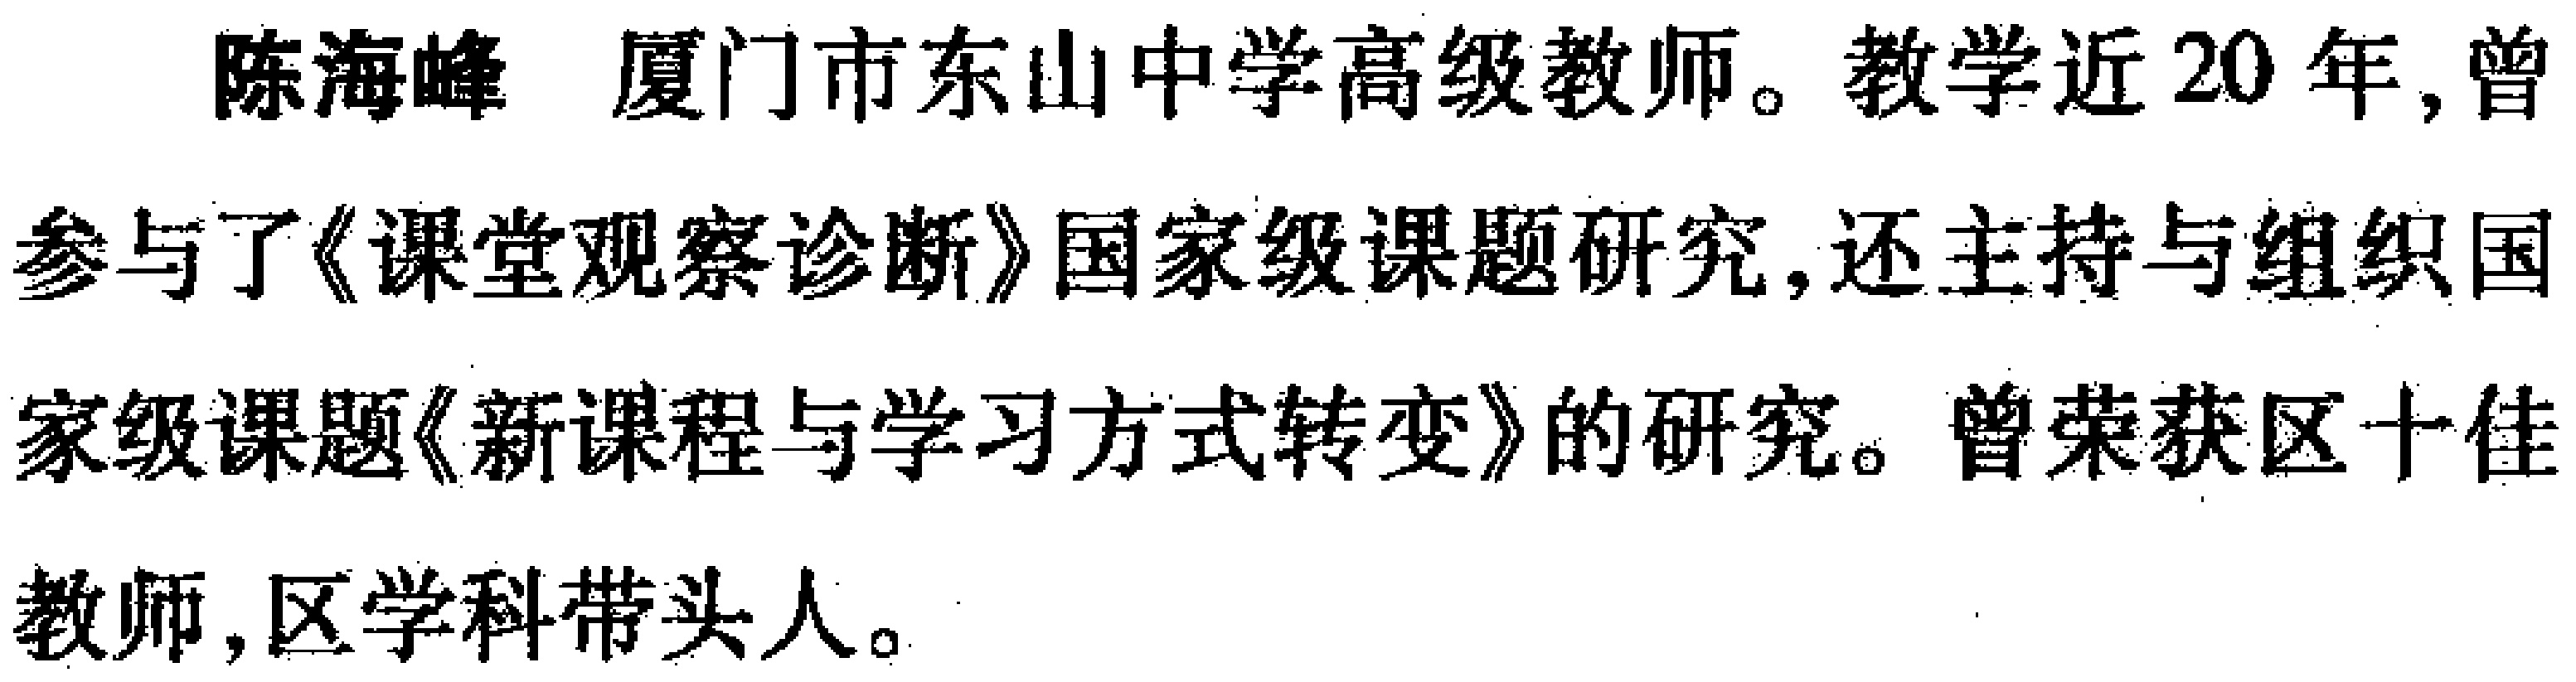
陈海峰 厦门市东山中学高级教师。教学近20年,曾参与了《课堂观察诊断》国家级课题研究,还主持与组织国家级课题《新课程与学习方式转变》的研究。曾荣获区十佳教师,区学科带头人。